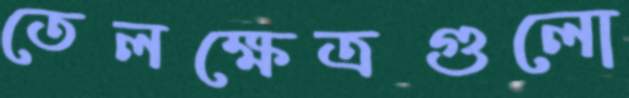
তেলক্ষেত্রগুলো